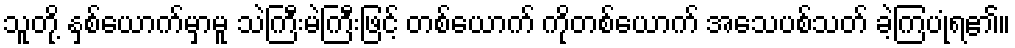
သူတို့ နှစ်ယောက်မှာမူ သဲကြီးမဲကြီးဖြင့် တစ်ယောက် ကိုတစ်ယောက် အသေပစ်သတ် ခဲ့ကြပုံရ၏။